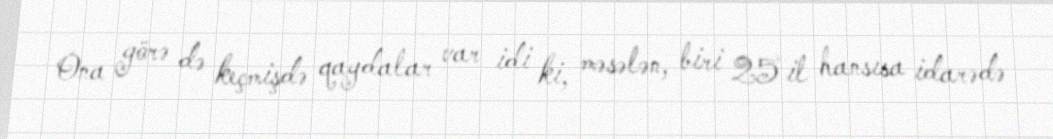
Ona görə də keçmişdə qaydalar var idi ki, məsələn, biri 25 il hansısa idarədə